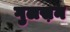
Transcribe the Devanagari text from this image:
गुलस़न